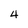
Character: 4